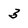
Character: 3